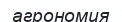
агрономия